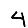
Digit: 4